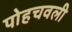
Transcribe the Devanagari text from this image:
पोहचवली